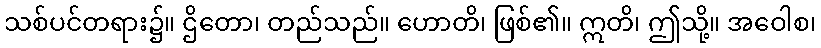
သစ်ပင်တရား၌။ ဌိတော၊ တည်သည်။ ဟောတိ၊ ဖြစ်၏။ ဣတိ၊ ဤသို့။ အဝေါစ၊